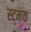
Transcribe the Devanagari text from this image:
स्टमक